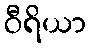
ဝီရိယာ